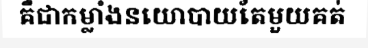
គឺជាកម្លាំងនយោបាយតែមួយគត់